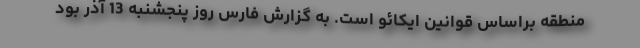
منطقه براساس قوانین ایکائو است. به گزارش فارس روز پنجشنبه 13 آذر بود